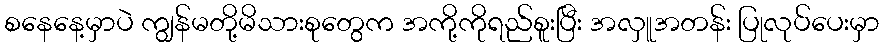
စနေနေ့မှာပဲ ကျွန်မတို့မိသားစုတွေက အကို့ကိုရည်စူးပြီး အလှူအတန်း ပြုလုပ်ပေးမှာ